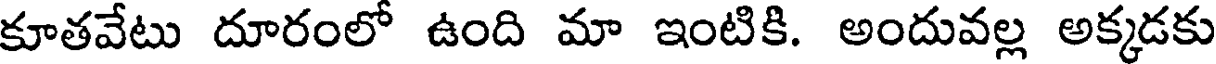
కూతవేటు దూరంలో ఉంది మా ఇంటికి. అందువల్ల అక్కడకు